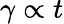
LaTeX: \gamma\propto t